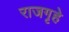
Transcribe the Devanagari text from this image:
राजगृहे